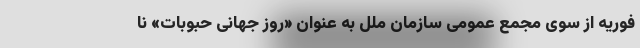
فوریه از سوی مجمع عمومی سازمان ملل به عنوان «روز جهانی حبوبات» نا